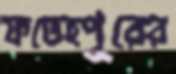
ফতেহপুরের